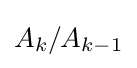
A_{k}/A_{k-1}